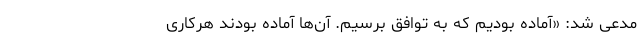
مدعی شد:‌ «آماده بودیم که به توافق برسیم. آن‌ها آماده بودند هرکاری